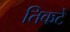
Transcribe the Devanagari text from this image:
तिकटे